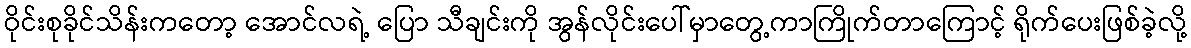
ဝိုင်းစုခိုင်သိန်းကတော့ အောင်လရဲ့ ပြော သီချင်းကို အွန်လိုင်းပေါ်မှာတွေ့ကာကြိုက်တာကြောင့် ရိုက်ပေးဖြစ်ခဲ့လို့